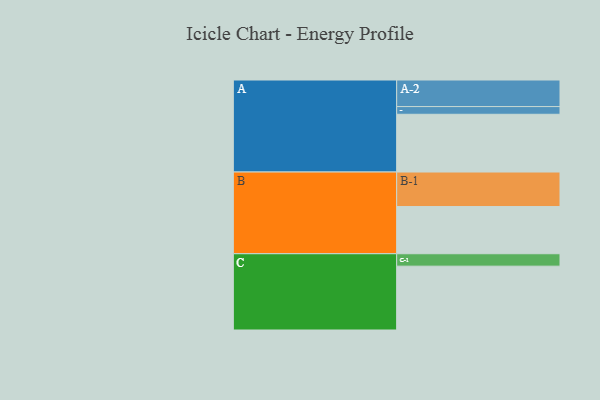
{"axis": {"x": "Segment", "y": "Value"}, "legend": ["", "A", "B", "C"], "data": [{"x": "A", "y": 465, "type": ""}, {"x": "B", "y": 380, "type": ""}, {"x": "C", "y": 514, "type": ""}, {"x": "A-1", "y": 62, "type": "A"}, {"x": "A-2", "y": 214, "type": "A"}, {"x": "B-1", "y": 278, "type": "B"}, {"x": "C-1", "y": 100, "type": "C"}]}